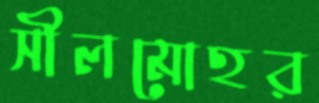
সীলমোহর